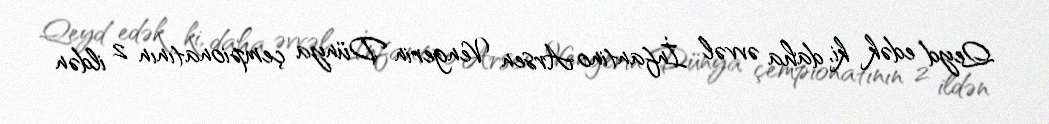
Qeyd edək ki, daha əvvəl İnfantino Arsen Vengerin Dünya çempionatının 2 ildən